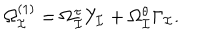
\Omega _ { \cal I } ^ { ( 1 ) } = \Omega _ { \cal I } ^ { \tau } Y _ { \cal I } + \Omega _ { \cal I } ^ { \theta } \Gamma _ { \cal I } .